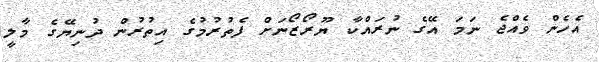
އެހެން ވެއްޖެ ނަމަ އޭގެ ނުރައްކާ ޔޫރޯޒޯނަށް ފެތުރުމުގެ އިތުރުން ދުނިޔޭގެ މާލީ